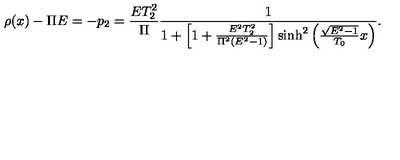
\rho ( x ) - \Pi E = - p _ { 2 } = \frac { E T _ { 2 } ^ { 2 } } { \Pi } \frac { 1 } { 1 + \left[ 1 + \frac { E ^ { 2 } T _ { 2 } ^ { 2 } } { \Pi ^ { 2 } ( E ^ { 2 } - 1 ) } \right] \mathrm { s i n h } ^ { 2 } \left( \frac { \sqrt { E ^ { 2 } - 1 } } { T _ { 0 } } x \right) } .